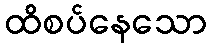
ထိစပ်နေသော